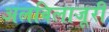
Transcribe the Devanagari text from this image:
अलविलाजूरी